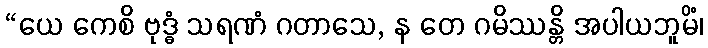
“ယေ ကေစိ ဗုဒ္ဓံ သရဏံ ဂတာသေ, န တေ ဂမိဿန္တိ အပါယဘူမိံ၊